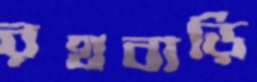
রথবাড়ি